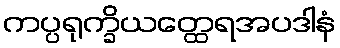
ကပ္ပရုက္ခိယတ္ထေရအပဒါနံ